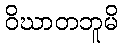
ဝိဃာတဘူမိ